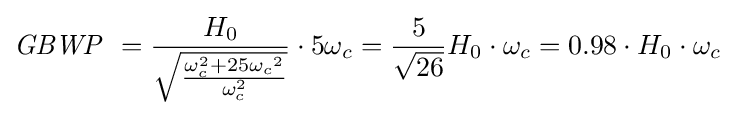
{\mathit {GBWP}}\ ={\frac {H_{0}}{\sqrt {\frac {\omega _{c}^{2}+25{\omega _{c}}^{2}}{\omega _{c}^{2}}}}}\cdot 5{\omega _{c}}={\frac {5}{\sqrt {26}}}{H_{0}}\cdot {\omega _{c}}=0.98\cdot {H_{0}}\cdot {\omega _{c}}